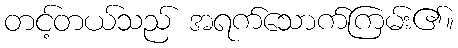
တင့်တယ်သည် အရက်သောက်ကြမ်း၏။